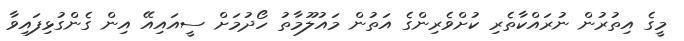
މީގެ އިތުރުން ނުރައްކާތެރި ކުށްވެރިންގެ އަތުން މައުލޫމާތު ހޯދުމަށް ސީއައިއޭ އިން ގެންގުޅިފައިވާ